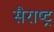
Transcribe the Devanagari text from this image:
सैराष्ट्र